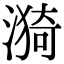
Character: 漪